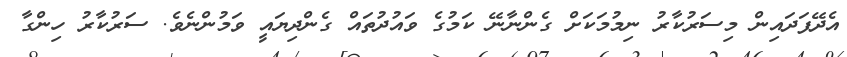
އެދޭފަދައިން މިސަރުކާރު ނިމުމަކަށް ގެންނާނޭ ކަމުގެ ވައުދުތައް ގެންދިޔައީ ވަމުންނެވެ. ސަރުކާރު ހިންގާ